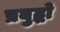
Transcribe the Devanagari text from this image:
प्रबुद्धो